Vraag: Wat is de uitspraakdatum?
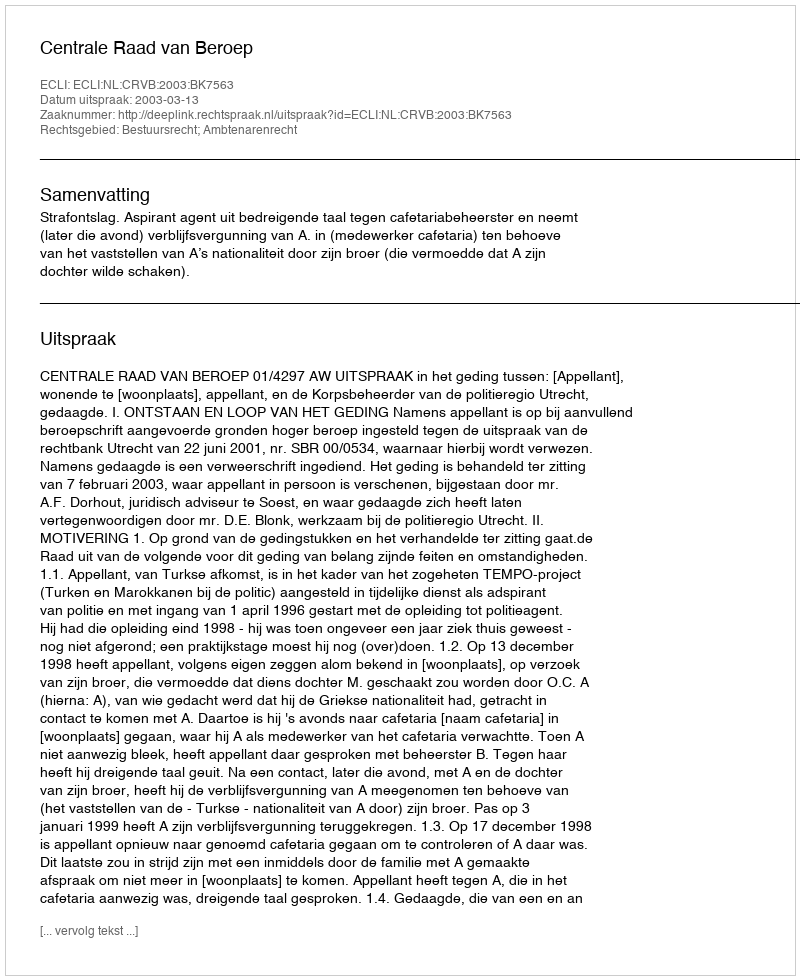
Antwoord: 2003-03-13